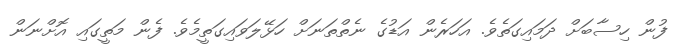
ފުން ހިސާބަށް ދަމައިގަތެވެ. އަހަރެން އަޑުގެ ނެތްތަނަށް ހަޅޭލަވައިގަތީމެވެ. ފެން މަތީގައި އޮށްނަން